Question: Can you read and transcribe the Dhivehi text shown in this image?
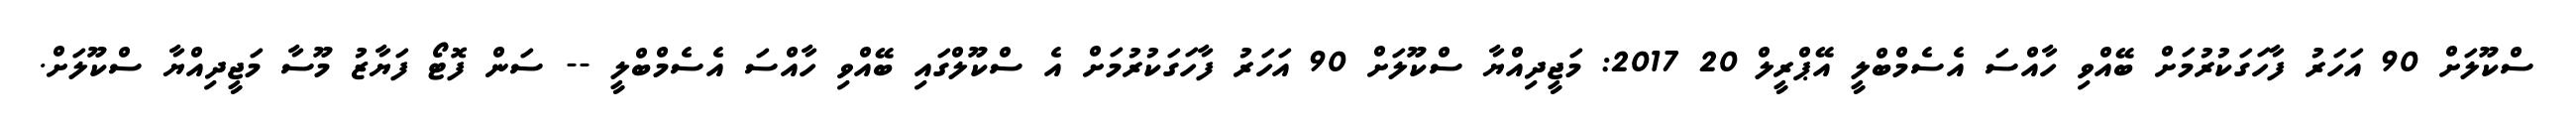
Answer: ސްކޫލަށް 90 އަހަރު ފާހަގަކުރުމަށް ބޭއްވި ހާއްސަ އެސެމްބްލީ އޭޕްރީލް 20 2017: މަޖީދިއްޔާ ސްކޫލަށް 90 އަހަރު ފާހަގަކުރުމަށް އެ ސްކޫލްގައި ބޭއްވި ހާއްސަ އެސެމްބްލީ -- ސަން ފޮޓޯ ފަޔާޒު މޫސާ މަޖީދިއްޔާ ސްކޫލަށް.